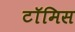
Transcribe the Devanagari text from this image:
टॉमिस